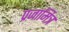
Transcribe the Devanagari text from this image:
प्रजामित्र